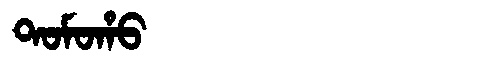
Manchu: ᡨᠣᠮᠣᡥᠣ
Romanization: TOMOHO